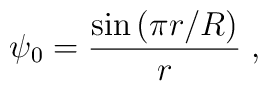
\psi_0=\frac{\sin\left( \pi r/R\right)}{r}\;,